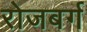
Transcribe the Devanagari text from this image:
रोजबर्ग